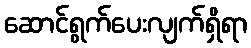
ဆောင်ရွက်ပေးလျက်ရှိရာ